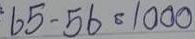
65 - 56 = 1000